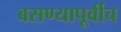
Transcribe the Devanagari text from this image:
बसण्यापूर्वीच